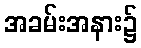
အခမ်းအနား၌